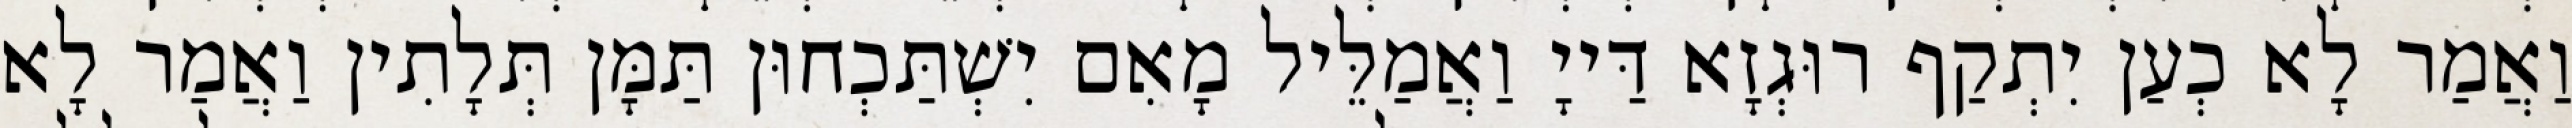
וַאֲמַר לָא כְעַן יִתְקַף רוּגְזָא דַּייָ וַאֲמַלֵּיל מָאִם יִשְׁתַּכְחוּן תַּמָּן תְּלָתִין וַאֲמַר לָא